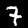
Digit: 7